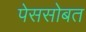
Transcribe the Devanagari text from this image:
पेससोबत